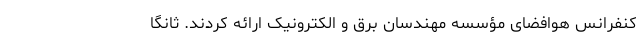
کنفرانس هوافضای مؤسسه مهندسان برق و الکترونیک ارائه کردند. ثانگا